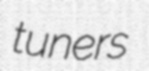
tuners